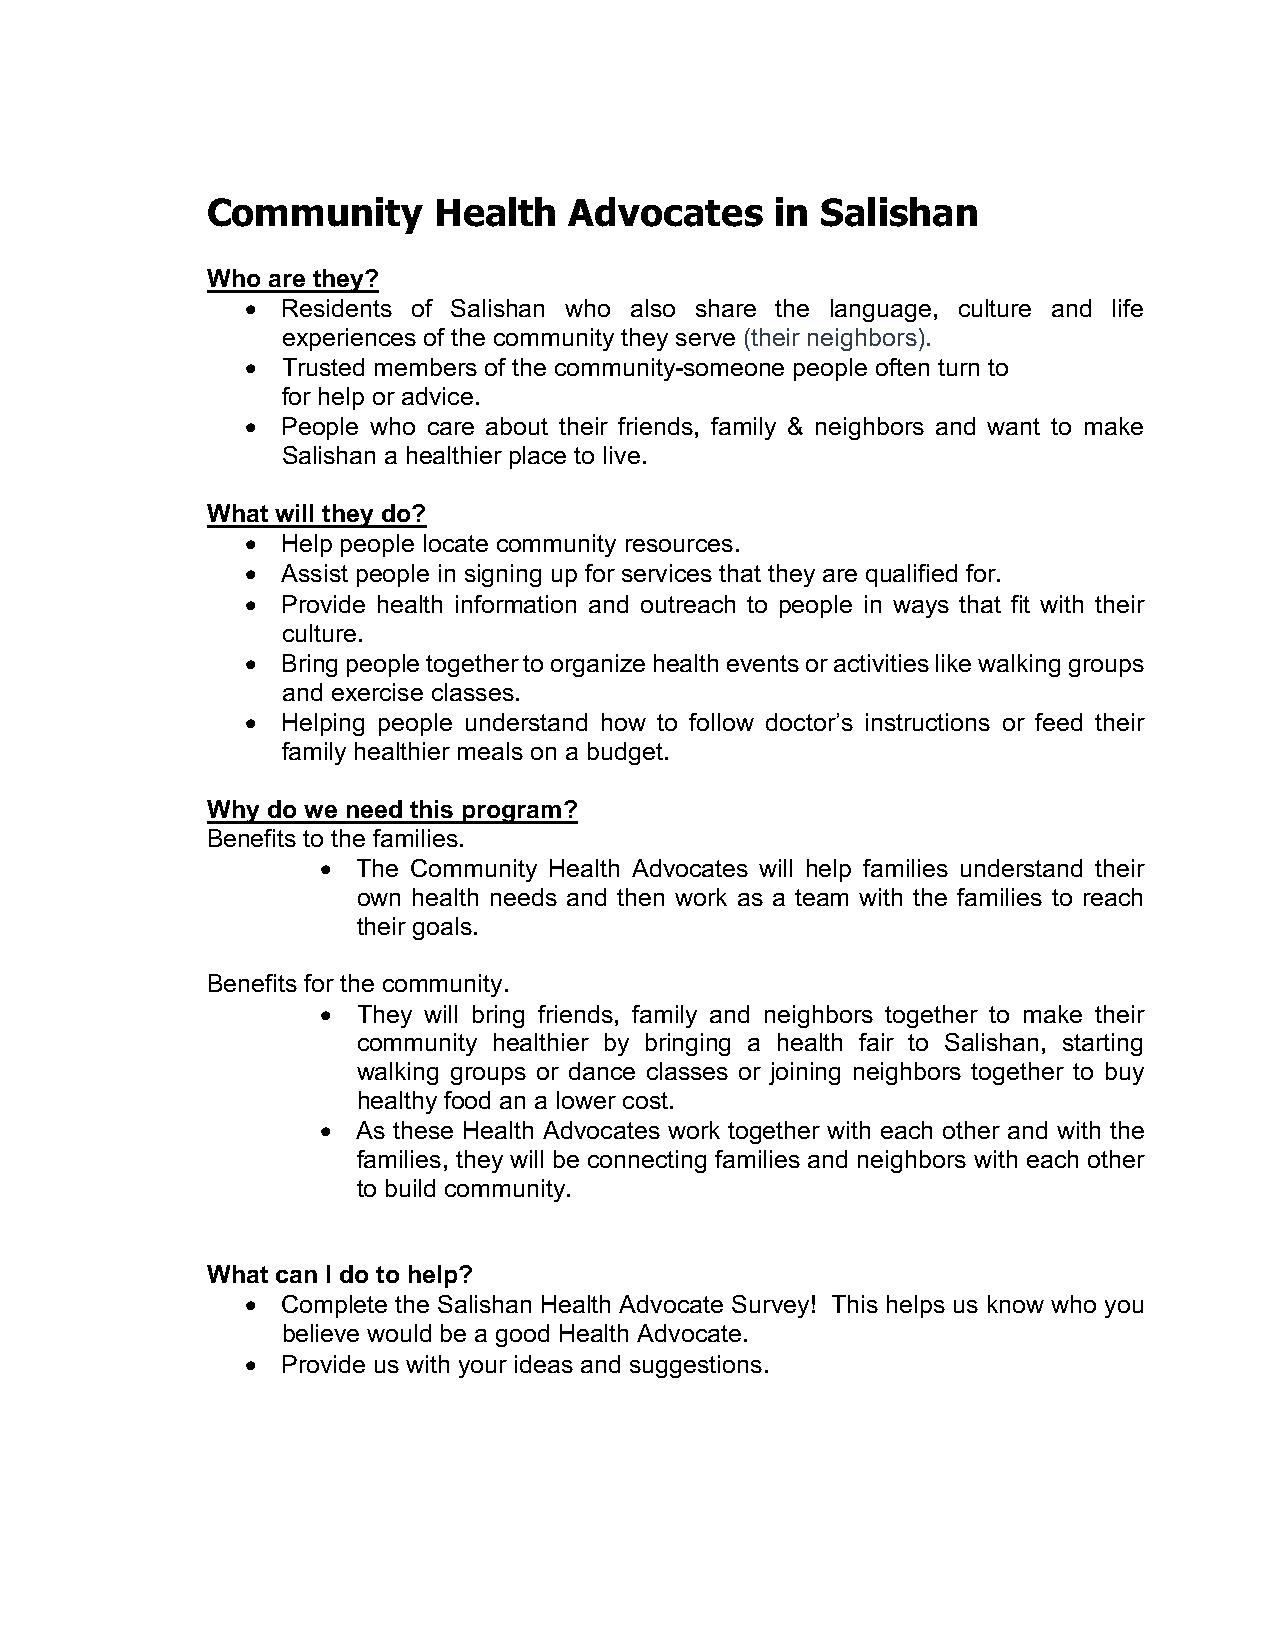
Community      Health   Advocates    in Salishan
 Who are they?
 •  Residents of Salishan who also share the language, culture and life
 experiences of the community they serve (their neighbors).
 •  Trusted members of the community-someone people often turn to
 for help or advice.
 •  People who care about their friends, family & neighbors and want to make
 Salishan a healthier place to live.
 What will they do?
 •  Help people locate community resources.
 •  Assist people in signing up for services that they are qualified for.
 •  Provide health information and outreach to people in ways that fit with their
 culture.
 •  Bring people together to organize health events or activities like walking groups
 and exercise classes.
 •  Helping people understand how to follow doctor’s instructions or feed their
 family healthier meals on a budget.
 Why do we need this program?
 Benefits to the families.
 •  The Community Health Advocates will help families understand their
 own health needs and then work as a team with the families to reach
 their goals.
 Benefits for the community.
 •  They will bring friends, family and neighbors together to make their
 community healthier by bringing a health fair to Salishan, starting
 walking groups or dance classes or joining neighbors together to buy
 healthy food an a lower cost.
 •  As these Health Advocates work together with each other and with the
 families, they will be connecting families and neighbors with each other
 to build community.
 What can I do to help?
 •  Complete the Salishan Health Advocate Survey! This helps us know who you
 believe would be a good Health Advocate.
 •  Provide us with your ideas and suggestions.